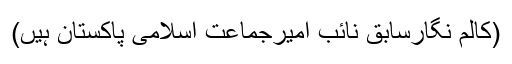
(کالم نگارسابق نائب امیرجماعت اسلامی پاکستان ہیں)